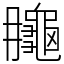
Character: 𪚮